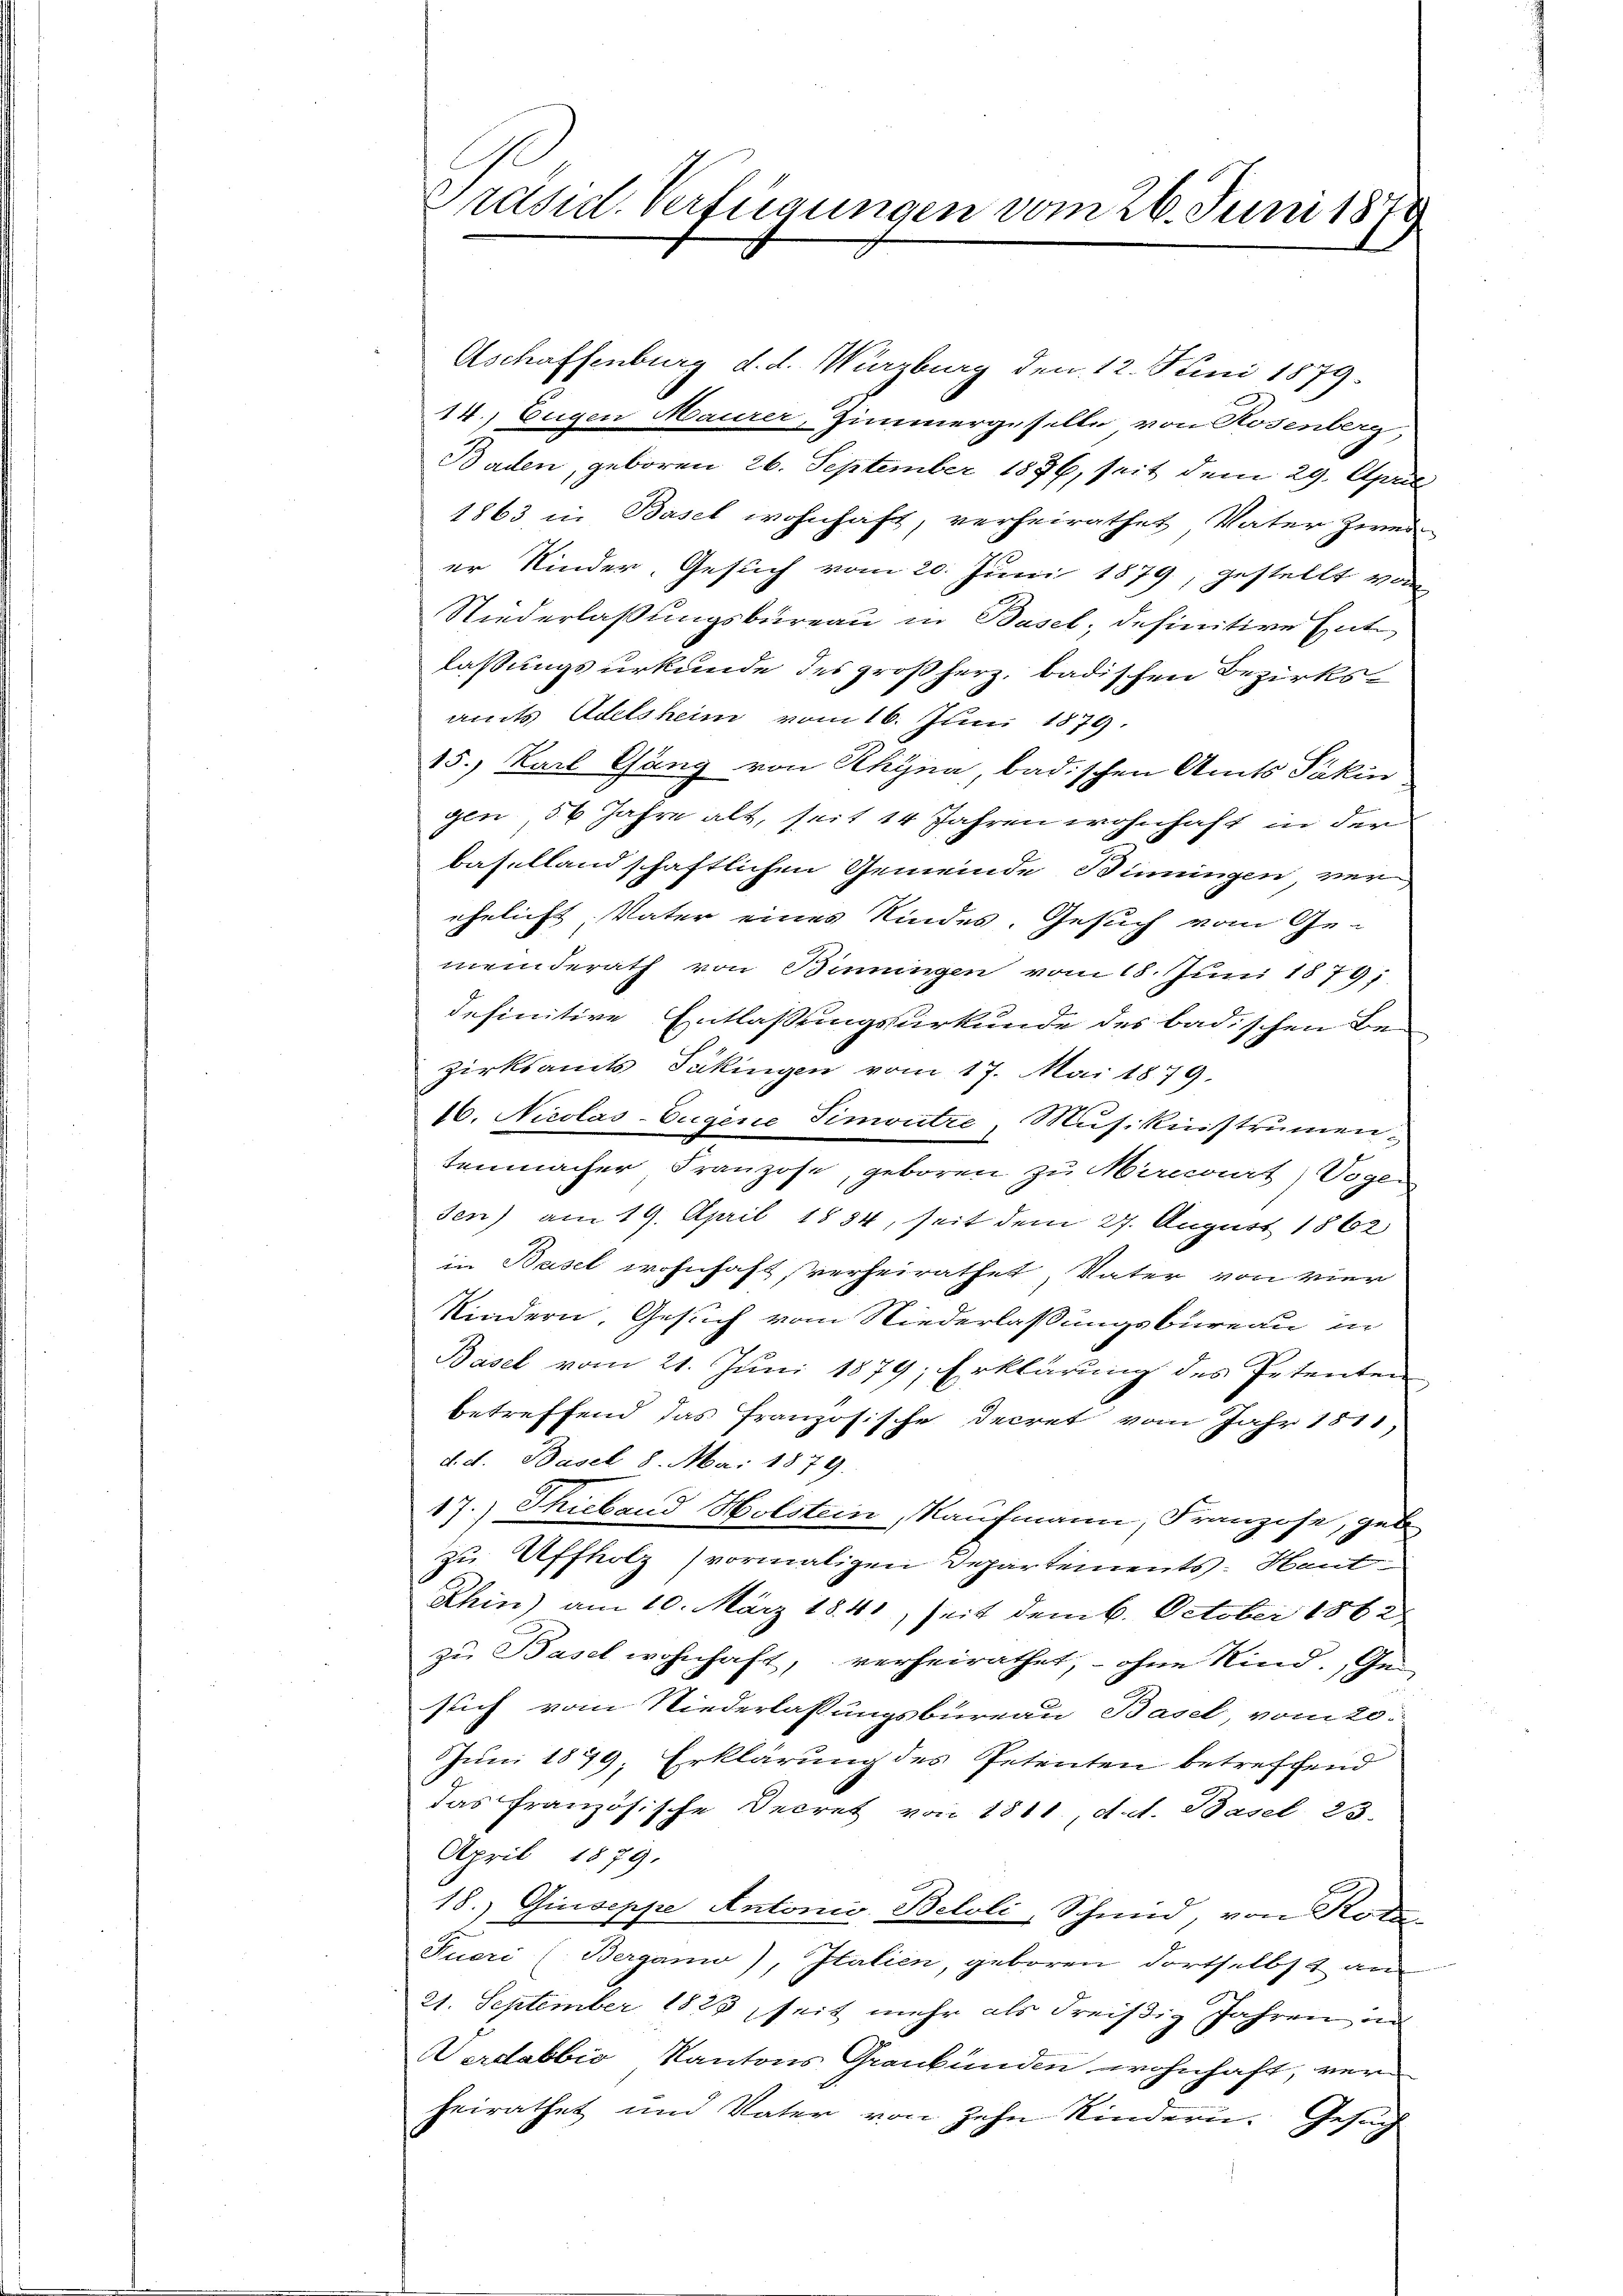
Präsid. Verfügungen vom 26. Juni 1879

Aschaffenburg d. d. Wirzburg den 12. Juni 1879.
14., Eugen Maurer, Zimmergeselle von Rosenberg,
Baden, geboren 26. September 1876, seit dem 29. April
1863 in Basel wohnhaft, verheirathet Vater Zwei-
er Kinder, Gesuch vom 20. Juni 1879, gestellt von
Niederlaßungsbureau in Basel, definitive Entlaßungsurkunde des großherz badischen Bezirksamts Adelsheim vom 16. Juni 1879.
15.) Karl Gäng von Rhyna, badischen Amts Pakin
gen 56 Jahre alt, seit 14 Jahren wohnhaft in der
basellandschaftlichen Gemeinde Bimungen ver
ehelicht, Vater eines Kindes. Gesuch vom Ge-
meinderath von Binningen vom 18. Juni 1879;
definitive Entlaßungsurkunde des badischen Be-
zirksamts Säkingen vom 17. Mai 1879.
16. Nicolas-Eugene Timoutre, Musiknistrumen.
tenmacher Franzose, geboren zu Manaat) Voger
sen) am 19. April 1884, seit dem 27. August 1862
in Basel wohnhaft, verheirathet, Vater von vier
Kindern. Gesuch vom Niederlassungsbureau in
Basel vom 21. Juni 1879; Erklärung des Petenten
betreffend das französische Decret vom Jahr 1811,
d. d. Basel 8. Mai 1879.
17.) Thieband Holstein Kaufmann, Franzose, geb
zu Affholz) vormaligen Departements-Haut¬
Rhin) am 10. März 1841, seit dem 6. October 1862
zu Basel wohnhaft, verheirathet, - ohne Kind. Gesuch vom Niederlassungsbureau Basel, vom 20.
Juni 1879; Erklärung des Petenten betreffend
das französische Decret von 1811 d. d. Basel 23.
April 1879.
18. Giuseppe Antonis. Beloli, Schmid, von Rode
Kucri (Berganio), Italien, geboren dortselbst an
21. September 1833 seit mehr als dreißig Jahren an
Verdabbić, Kantons Graubünden wohnhaft, verheirathet und Vater von zehn Kindern. Gesuch